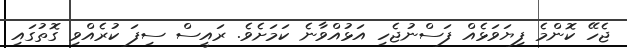
ޖެހޭ ކޮންމެ ފިޔަވަޅެއް ފަސްނުޖެހި އަޅުއްވާނެ ކަމަށެވެ. ރައީސް ސިފަ ކުރެއްވި ގޮތުގައި